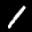
Label: 1